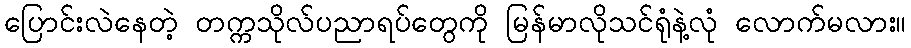
ပြောင်းလဲနေတဲ့ တက္ကသိုလ်ပညာရပ်တွေကို မြန်မာလိုသင်ရုံနဲ့လုံ လောက်မလား။